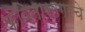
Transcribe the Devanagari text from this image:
कवितासागरचे